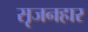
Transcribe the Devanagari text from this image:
सृजनहार